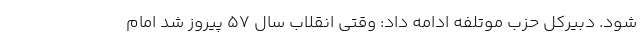
شود. دبیرکل حزب موتلفه ادامه داد: وقتی انقلاب سال ۵۷ پیروز شد امام